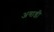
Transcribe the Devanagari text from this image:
अगाडी